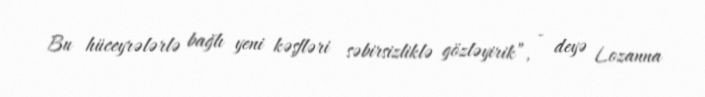
Bu hüceyrələrlə bağlı yeni kəşfləri səbirsizliklə gözləyirik”, - deyə Lozanna